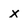
Character: x